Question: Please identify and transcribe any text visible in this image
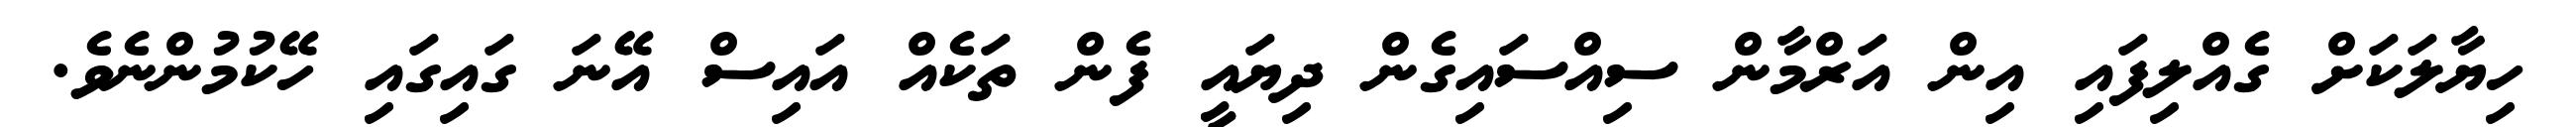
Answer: ހިޔާލަކަށް ގެއްލިފައި އިން އަރްމާން ސިއްސައިގެން ދިޔައީ ފެން ތަކެއް އައިސް އޭނަ ގައިގައި ހޭކުމުންނެވެ.